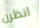
انظرن